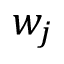
w _ { j }